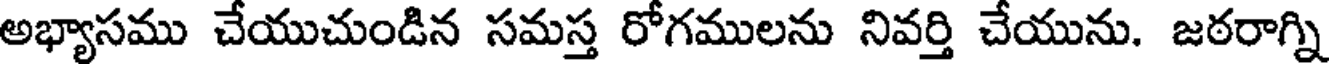
అభ్యాసము చేయుచుండిన సమస్త రోగములను నివర్తి చేయును. జఠరాగ్ని